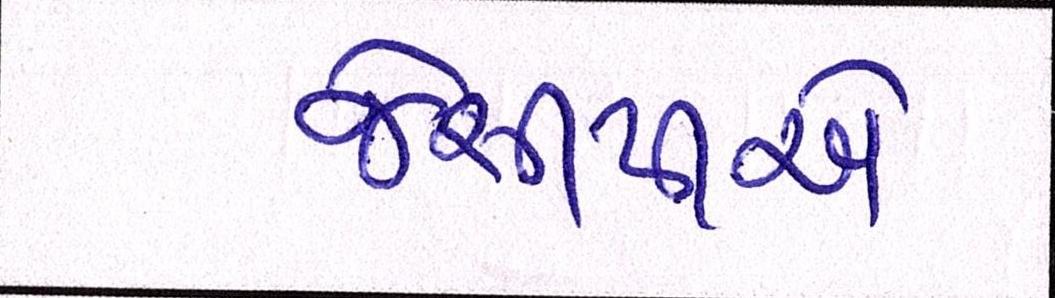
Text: જેસીપીએ